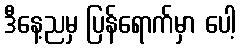
ဒီနေ့ညမှ ပြန်ရောက်မှာ ပေါ့